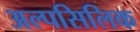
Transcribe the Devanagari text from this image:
अल्पसिलिक